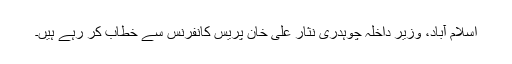
اسلام آباد، وزیر داخلہ چوہدری نثار علی خان پریس کانفرنس سے خطاب کر رہے ہیں۔